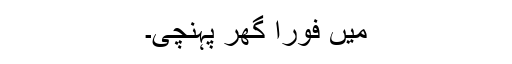
میں فوراً گھر پہنچی۔